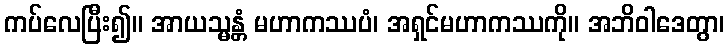
ကပ်လေပြီး၍။ အာယသ္မန္တံ မဟာကဿပံ၊ အရှင်မဟာကဿကို။ အဘိဝါဒေတွာ၊